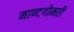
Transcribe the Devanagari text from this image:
माण्टगोमरी